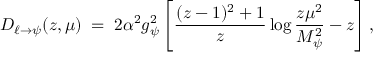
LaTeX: D _ { \ell \to \psi } ( z , \mu ) \; = \; 2 \alpha ^ { 2 } g _ { \psi } ^ { 2 } \left[ { \frac { ( z - 1 ) ^ { 2 } + 1 } { z } } \log { \frac { z \mu ^ { 2 } } { M _ { \psi } ^ { 2 } } } - z \right] ,